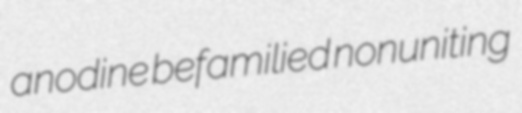
anodine befamilied nonuniting